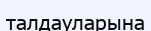
талдауларына